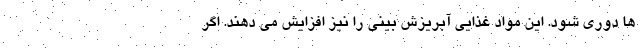
ها دوری شود. این مواد غذایی آبریزش بینی را نیز افزایش می دهند. اگر